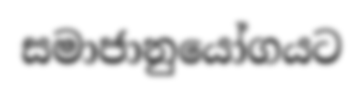
සමාජානුයෝගයට